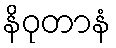
နိဝုတာနံ